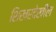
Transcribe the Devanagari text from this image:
शिखरदेखील